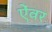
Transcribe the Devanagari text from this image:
ऐंवर